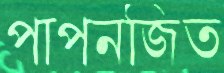
পাপনজিত